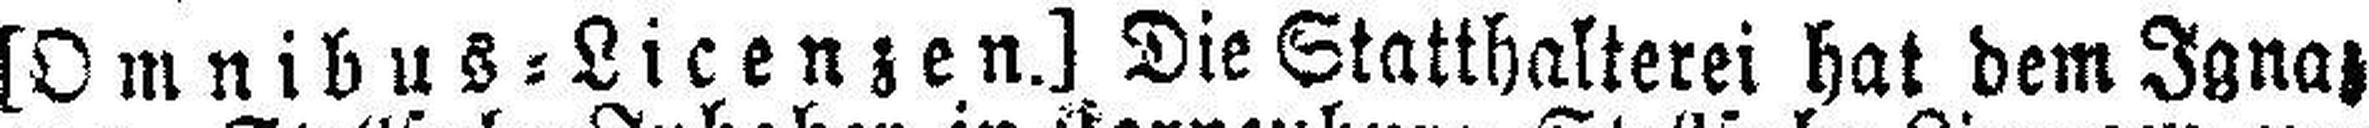
[Omnibus=Licenzen.] Die Statthalterei hat dem Ignaz